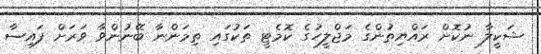
ޝަކީލާ ނުކޮށް ރައްޔިތުންގެ މަޖްލީހުގެ ކޮމެޓީ ތަކުގައި ތިމަންނާ ބޭނުންވާ ވަރަށް ފައިސާ